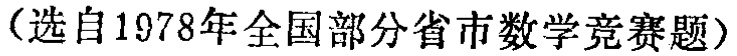
（选自1978年全国部分省市数学竞赛题）